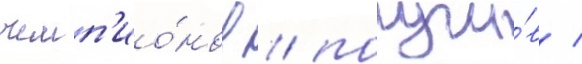
чемп'ио́нов / получи́в /